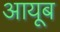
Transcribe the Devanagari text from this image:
आयूब